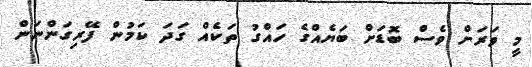
މީ ވަރަށް ވެސް ބޮޑަށް ބަޔެއްގެ ހައްގު ތަކެއް ގަދަ ކަމުން ފޭރިގަންނަން